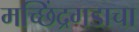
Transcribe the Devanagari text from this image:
मच्छिंद्रगडाचा